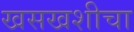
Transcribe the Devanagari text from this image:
खसखशीचा